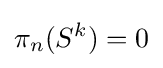
\pi _{n}(S^{k})=0